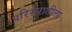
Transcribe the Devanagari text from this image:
परिसरातीला